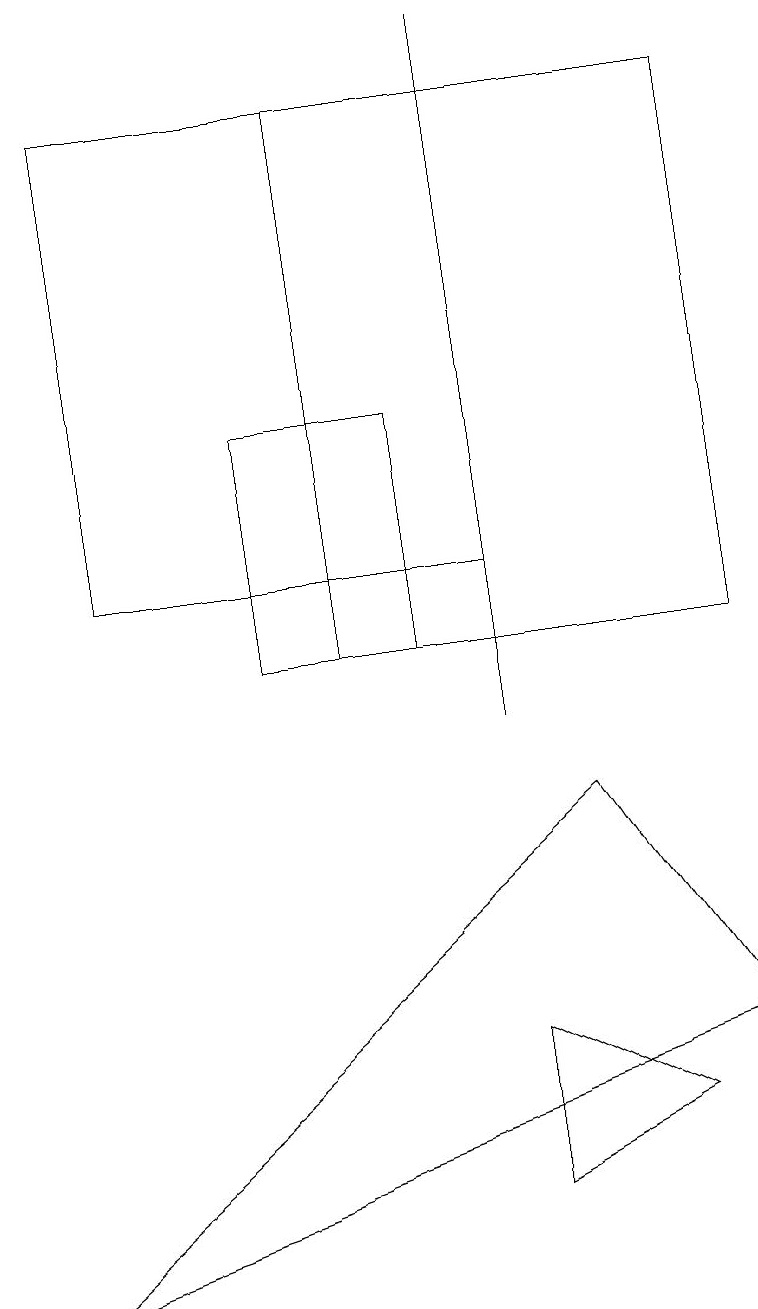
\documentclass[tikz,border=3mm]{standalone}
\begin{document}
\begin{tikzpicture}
\draw (6,12) rectangle (1,18);
\draw (4,11) rectangle (9,18);
\draw (6,4) -- (6,6) -- (8,5) -- cycle;
\draw (5,11) rectangle (3,14);
\draw (6,19) rectangle (6,10);
\draw (9,6) -- (7,9) -- (0,3) -- cycle;
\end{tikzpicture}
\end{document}